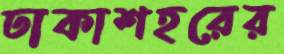
ঢাকাশহরের